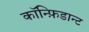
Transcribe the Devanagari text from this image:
कॉन्फ़िडान्ट